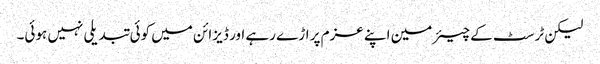
لیکن ٹرسٹ کے چیئرمین اپنے عزم پر اڑے رہے اور ڈیزائن میں کوئی تبدیلی نہیں ہوئی۔